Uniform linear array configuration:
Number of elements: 32
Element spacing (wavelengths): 1
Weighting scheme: hamming
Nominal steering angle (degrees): -30
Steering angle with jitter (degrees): -28.853
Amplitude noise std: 0.05
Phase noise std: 0.05

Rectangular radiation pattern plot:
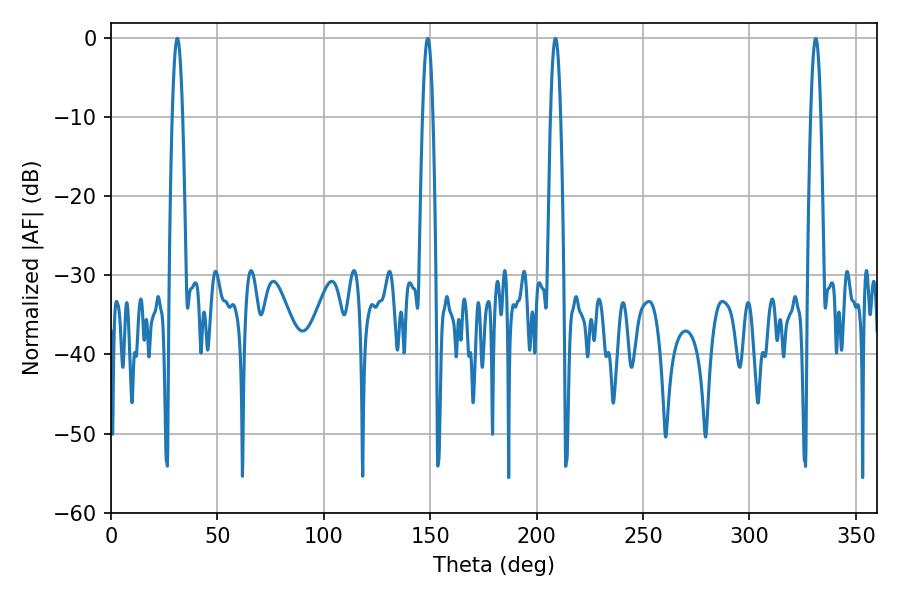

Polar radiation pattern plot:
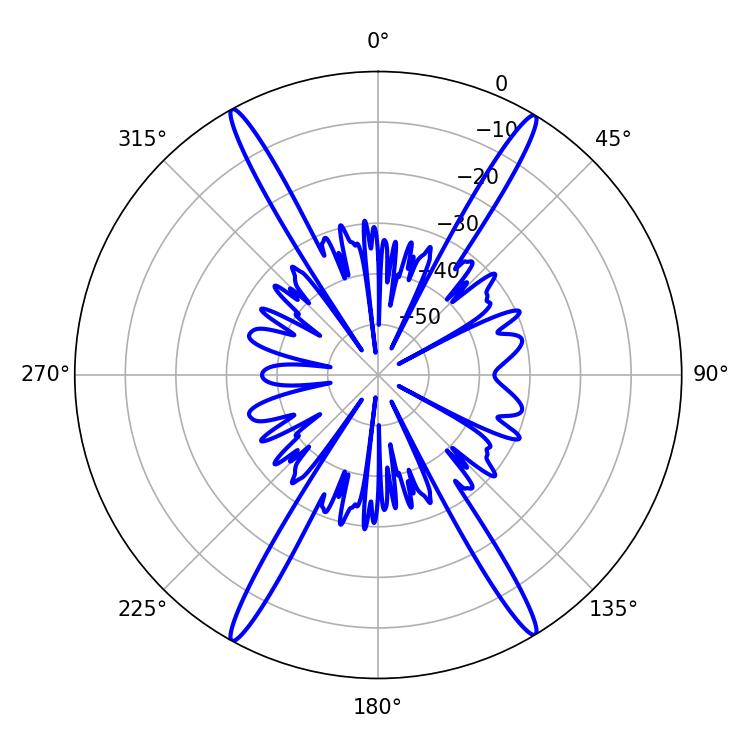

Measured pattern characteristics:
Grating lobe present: TRUE
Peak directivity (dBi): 25.884
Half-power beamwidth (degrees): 2.52
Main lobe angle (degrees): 31.14